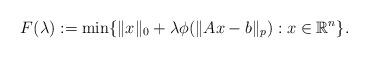
LaTeX: \begin{align*}F(\lambda):=\min\{\|x\|_0+\lambda\phi(\|Ax-b\|_p): x\in\mathbb{R}^n\}.\end{align*}